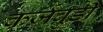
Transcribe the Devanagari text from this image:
कर्जबुडी